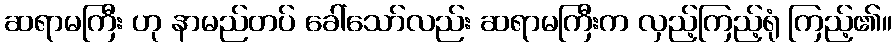
ဆရာမကြီး ဟု နာမည်တပ် ခေါ်သော်လည်း ဆရာမကြီးက လှည့်ကြည့်ရုံ ကြည့်၏။